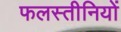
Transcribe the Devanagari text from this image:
फलस्तीनियों